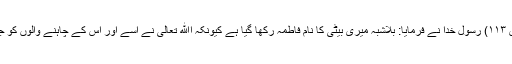
(مودۃ القربیٰ ،مودۃ ۱۱، ح ۳، ص ۱۱۳) رسول خدا نے فرمایا: بلاشبہ میری بیٹی کا نام فاطمہ رکھا گیا ہے کیونکہ اﷲ تعالیٰ نے اسے اور اس کے چاہنے والوں کو جہنم کی آگ سے بچائے رکھا ہے۔